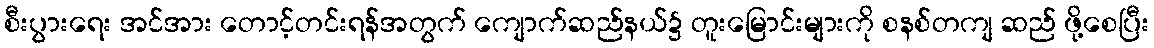
စီးပွားရေး အင်အား တောင့်တင်းရန်အတွက် ကျောက်ဆည်နယ်၌ တူးမြောင်းများကို စနစ်တကျ ဆည် ဖို့စေပြီး